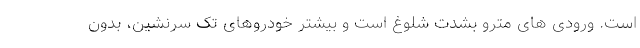
است. ورودی های مترو بشدت شلوغ است و بیشتر خودروهای تک سرنشین، بدون